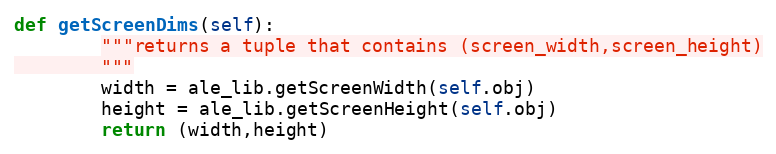
Language: Python
def getScreenDims(self):
        """returns a tuple that contains (screen_width,screen_height)
        """
        width = ale_lib.getScreenWidth(self.obj)
        height = ale_lib.getScreenHeight(self.obj)
        return (width,height)